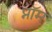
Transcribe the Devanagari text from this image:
प्नॉम